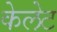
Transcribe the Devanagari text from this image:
केलेट